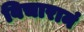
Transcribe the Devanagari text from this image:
विचारानं